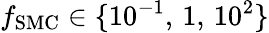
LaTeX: f_{\mathrm{SMC}}\in\{ 10^{-1},\, 1,\, 10^{2}\}